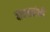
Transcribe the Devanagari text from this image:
बादशहांनी